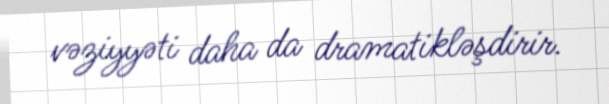
vəziyyəti daha da dramatikləşdirir.